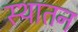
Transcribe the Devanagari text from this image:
स्थातन